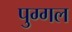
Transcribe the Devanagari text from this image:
पुग्गल